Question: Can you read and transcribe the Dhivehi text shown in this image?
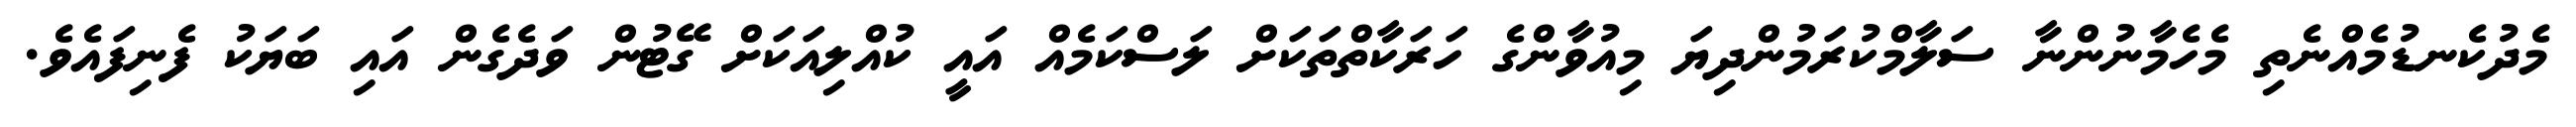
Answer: މެދުކެނޑުމެއްނެތި މެހެމާނުންނާ ސަލާމްކުރަމުންދިޔަ މިއުވާންގެ ހަރަކާތްތަކަށް ލަސްކަމެއް އައީ ކުއްލިއަކަށް ގޭޓުން ވަދެގެން އައި ބަޔަކު ފެނިފައެވެ.